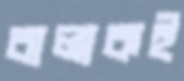
বালাকই